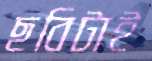
ছবিটাই